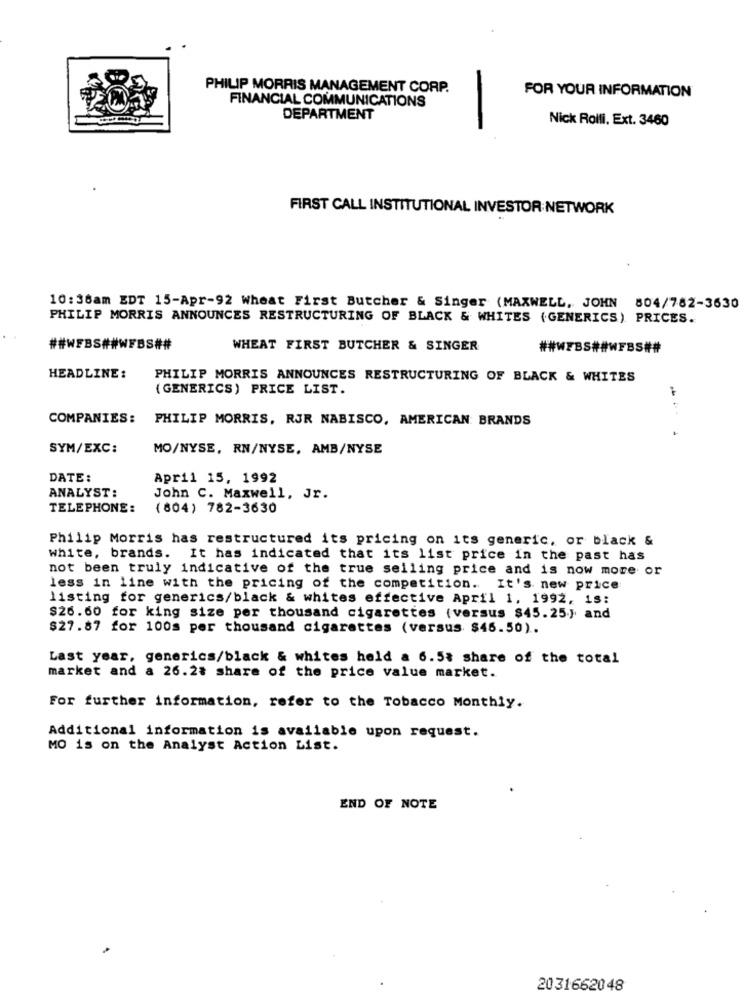
PHILIP MORRIS MANAGEMENT CORP.
FINANCIAL COMMUNICATIONS
FOR YOUR INFORMATION
DEPARTMENT
Nick Rolli. Ext. 3460
FIRST CALL INSTITUTIONAL INVESTOR NETWORK
10:36am EDT 15-Apr-92 Wheat First Butcher & Singer (MAXWELL, JOHN 804/782-3630
PHILIP MORRIS ANNOUNCES RESTRUCTURING OF BLACK & WHITES (GENERICS) PRICES.
##WEBS##WFBS##
WHEAT FIRST BUTCHER & SINGER
##WEBS##WFBS##
HEADLINE :
PHILIP MORRIS ANNOUNCES RESTRUCTURING OF BLACK & WHITES
(GENERICS) PRICE LIST.
COMPANIES:
PHILIP MORRIS, RJR NABISCO, AMERICAN BRANDS
SYM/EXC:
MO/NYSE, RN/NYSE. AMB/NYSE
DATE:
April 15, 1992
ANALYST:
John C. Maxwell, Jr.
TELEPHONE:
(804) 782-3630
Philip Morris has restructured its pricing on its generic, or black &
white, brands. It has indicated that its list price in the past has
not been truly indicative of the true selling price and is now more or
less in line with the pricing of the competition. It's new price
listing for generics/black & whites effective April 1, 1992, 18:
$26.60 for king size per thousand cigarettes (versus $45.25) and
$27.87 for 100s per thousand cigarettes (versus $45.50) ..
Last year, generics/black & whites hold a 6.5% share of the total
market and a 26.28 share of the price value market.
For further information, refer to the Tobacco Monthly.
Additional information is available upon request.
MO is on the Analyst Action List.
END OF NOTE
2031662048